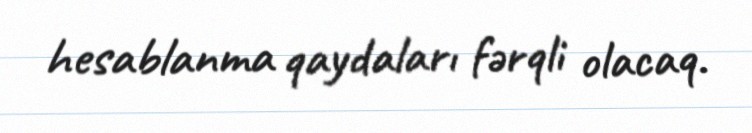
hesablanma qaydaları fərqli olacaq.